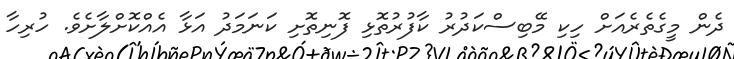
ދެން މީގެތެރެއަށް ހިކި މޭބިސްކަދުރު ކާފުރުތޮޅި ފޮނިތޮށި ކަނަމަދު އަޅާ އެއްކޮށްލާށެވެ. ހުރިހާ